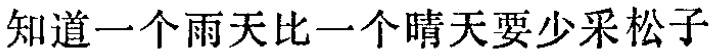
知道一个雨天比一个晴天要少采松子